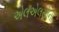
એલએલસીની